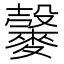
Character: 𪍠